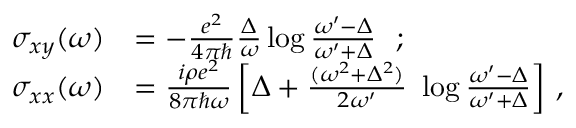
\begin{array} { r l } { \sigma _ { x y } ( \omega ) } & { = - \frac { e ^ { 2 } } { 4 \pi \hbar } \frac { \Delta } { \omega } \log \frac { \omega ^ { \prime } - \Delta } { \omega ^ { \prime } + \Delta } \ \ ; } \\ { \sigma _ { x x } ( \omega ) } & { = \frac { i \rho e ^ { 2 } } { 8 \pi \hbar \omega } \left[ \Delta + \frac { ( \omega ^ { 2 } + \Delta ^ { 2 } ) } { 2 \omega ^ { \prime } } \ \log \frac { \omega ^ { \prime } - \Delta } { \omega ^ { \prime } + \Delta } \right] \, , } \end{array}